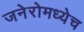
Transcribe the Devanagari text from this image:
जनेरोमध्येच